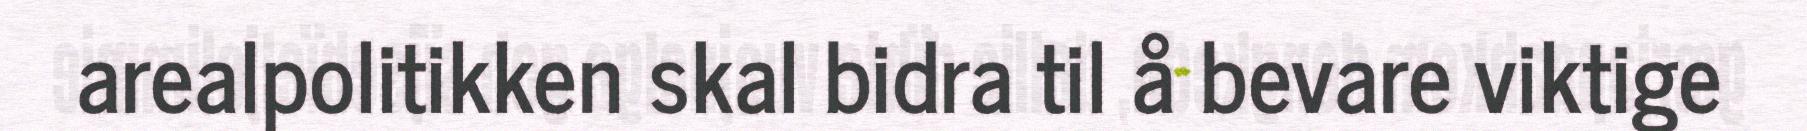
arealpolitikken skal bidra til å bevare viktige